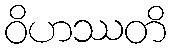
ဝိဟဿတိ